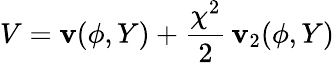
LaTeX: V=\mathbf{v}(\phi,Y)+\frac{{\chi^{2}}}{{2}}\, \mathbf{v}_{2}(\phi,Y)